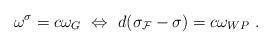
LaTeX: \begin{align*}\omega^{\sigma} = c \omega_G ~ \Leftrightarrow ~ d(\sigma_{\cal F} - \sigma) = c \omega_{WP}~.\end{align*}